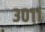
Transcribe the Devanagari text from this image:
३०११